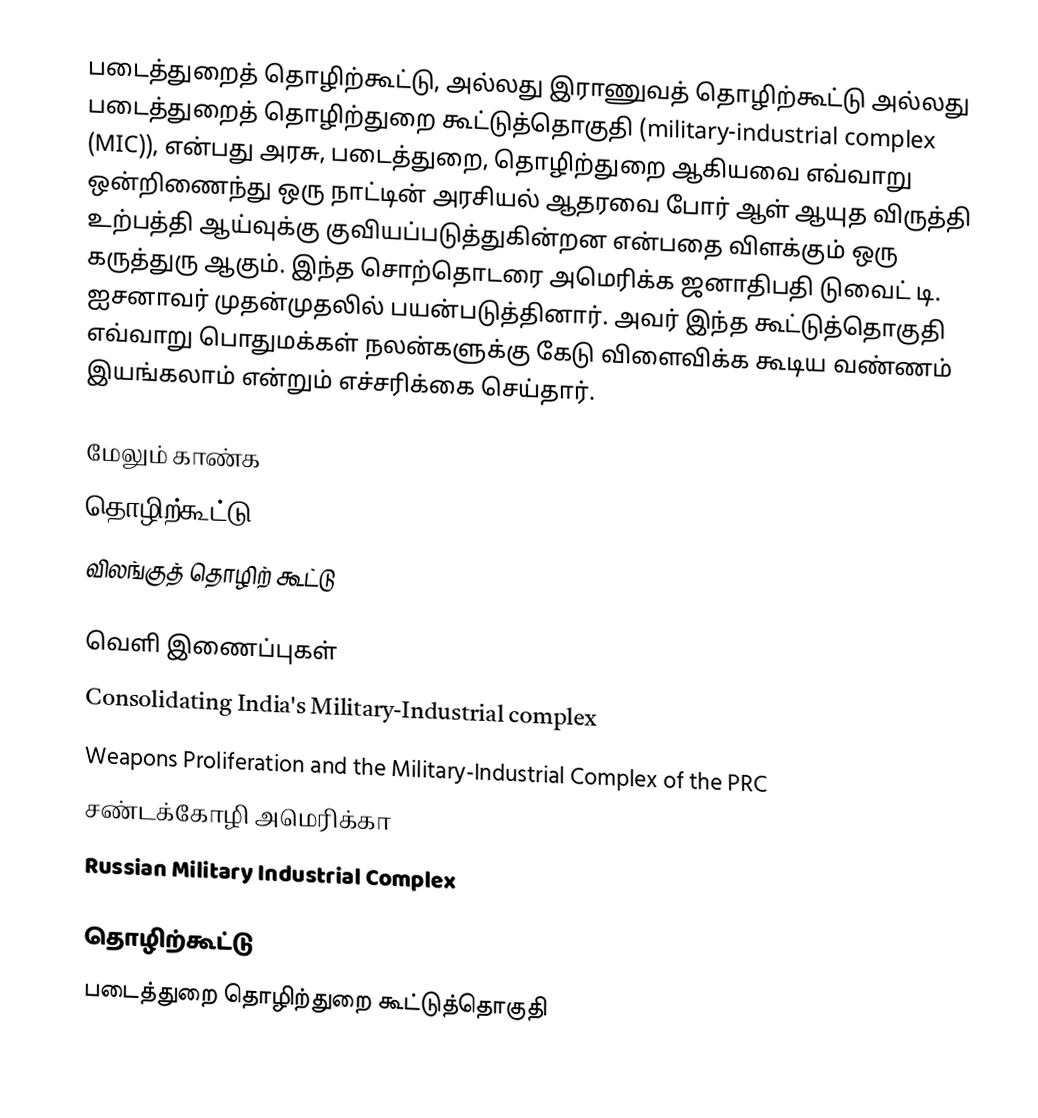
படைத்துறைத் தொழிற்கூட்டு, அல்லது இராணுவத் தொழிற்கூட்டு அல்லது படைத்துறைத் தொழிற்துறை கூட்டுத்தொகுதி (military-industrial complex (MIC)), என்பது அரசு, படைத்துறை, தொழிற்துறை ஆகியவை எவ்வாறு ஒன்றிணைந்து ஒரு நாட்டின் அரசியல் ஆதரவை போர் ஆள் ஆயுத விருத்தி உற்பத்தி ஆய்வுக்கு குவியப்படுத்துகின்றன என்பதை விளக்கும் ஒரு கருத்துரு ஆகும். இந்த சொற்தொடரை அமெரிக்க ஜனாதிபதி டுவைட் டி. ஐசனாவர் முதன்முதலில் பயன்படுத்தினார். அவர் இந்த கூட்டுத்தொகுதி எவ்வாறு பொதுமக்கள் நலன்களுக்கு கேடு விளைவிக்க கூடிய வண்ணம் இயங்கலாம் என்றும் எச்சரிக்கை செய்தார்.

மேலும் காண்க
 தொழிற்கூட்டு
 விலங்குத் தொழிற் கூட்டு

வெளி இணைப்புகள்
 Consolidating India's Military-Industrial complex
 Weapons Proliferation and the Military-Industrial Complex of the PRC
 சண்டக்கோழி அமெரிக்கா
 Russian Military Industrial Complex

தொழிற்கூட்டு
படைத்துறை தொழிற்துறை கூட்டுத்தொகுதி